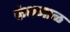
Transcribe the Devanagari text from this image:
कंधमाळ